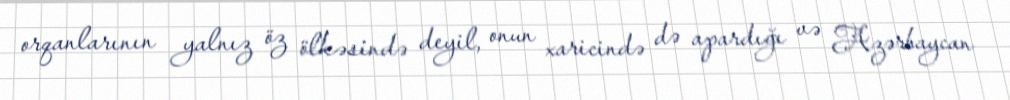
orqanlarının yalnız öz ölkəsində deyil, onun xaricində də apardığı və Azərbaycan